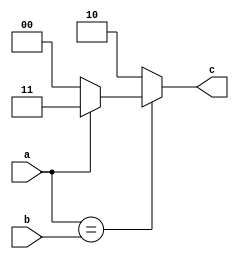
//assign kgp to each c
module kgp(a,b,c);
input a,b;
output [1:0]c;
wire [1:0]k,g,p;
reg [1:0]c;
assign k=2'b00;
assign p=2'b10;
assign g=2'b11;
always@(a or b)
begin
c=(a==b)?(a==1)?g:k:p;
end
endmodule



module padd(a,b,c);
input [63:0] a,b ;
output [129:0] c;
assign c[1:0]=2'b00; 
kgp t0(a[0],b[0],c[3:2]);
kgp t1(a[1],b[1],c[5:4]);
kgp t2(a[2],b[2],c[7:6]);
kgp t3(a[3],b[3],c[9:8]);
kgp t4(a[4],b[4],c[11:10]);
kgp t5(a[5],b[5],c[13:12]);
kgp t6(a[6],b[6],c[15:14]);
kgp t7(a[7],b[7],c[17:16]);
kgp t8(a[8],b[8],c[19:18]);
kgp t9(a[9],b[9],c[21:20]);
kgp t10(a[10],b[10],c[23:22]);
kgp t11(a[11],b[11],c[25:24]);
kgp t12(a[12],b[12],c[27:26]);
kgp t13(a[13],b[13],c[29:28]); 
kgp t14(a[14],b[14],c[31:30]); 
kgp t15(a[15],b[15],c[33:32]); 
kgp t16(a[16],b[16],c[35:34]);
kgp t17(a[17],b[17],c[37:36]);
kgp t18(a[18],b[18],c[39:38]);
kgp t19(a[19],b[19],c[41:40]);
kgp t20(a[20],b[20],c[43:42]);
kgp t21(a[21],b[21],c[45:44]);
kgp t22(a[22],b[22],c[47:46]);
kgp t23(a[23],b[23],c[49:48]);
kgp t24(a[24],b[24],c[51:50]);
kgp t25(a[25],b[25],c[53:52]);
kgp t26(a[26],b[26],c[55:54]);
kgp t27(a[27],b[27],c[57:56]);
kgp t28(a[28],b[28],c[59:58]);
kgp t29(a[29],b[29],c[61:60]); 
kgp t30(a[30],b[30],c[63:62]); 
kgp t31(a[31],b[31],c[65:64]); 
kgp t32(a[32],b[32],c[67:66]);
kgp t33(a[33],b[33],c[69:68]);
kgp t34(a[34],b[34],c[71:70]);
kgp t35(a[35],b[35],c[73:72]);
kgp t36(a[36],b[36],c[75:74]);
kgp t37(a[37],b[37],c[77:76]);
kgp t38(a[38],b[38],c[79:78]);
kgp t39(a[39],b[39],c[81:80]);
kgp t40(a[40],b[40],c[83:82]);
kgp t41(a[41],b[41],c[85:84]);
kgp t42(a[42],b[42],c[87:86]);
kgp t43(a[43],b[43],c[89:88]);
kgp t44(a[44],b[44],c[91:90]);
kgp t45(a[45],b[45],c[93:92]); 
kgp t46(a[46],b[46],c[95:94]); 
kgp t47(a[47],b[47],c[97:96]);
kgp t48(a[48],b[48],c[99:98]);
kgp t49(a[49],b[49],c[101:100]);
kgp t50(a[50],b[50],c[103:102]);
kgp t51(a[51],b[51],c[105:104]);
kgp t52(a[52],b[52],c[107:106]);
kgp t53(a[53],b[53],c[109:108]);
kgp t54(a[54],b[54],c[111:110]);
kgp t55(a[55],b[55],c[113:112]);
kgp t56(a[56],b[56],c[115:114]);
kgp t57(a[57],b[57],c[117:116]);
kgp t58(a[58],b[58],c[119:118]);
kgp t59(a[59],b[59],c[121:120]);
kgp t60(a[60],b[60],c[123:122]);
kgp t61(a[61],b[61],c[125:124]); 
kgp t62(a[62],b[62],c[127:126]); 
kgp t63(a[63],b[63],c[129:128]); 
endmodule 


module padd1(x,y);
input [129:0]x;
output [129:0]y;
reg [129:0]y;
reg [2:0]p;
always@(x)
begin
p=2'b10;
y=x;
y[129:128]=(x[129:128]==p)?x[127:126]:y[129:128];
y[127:126]=(x[127:126]==p)?x[125:124]:y[127:126];
y[125:124]=(x[125:124]==p)?x[123:122]:y[125:124];
y[123:122]=(x[123:122]==p)?x[121:120]:y[123:122];
y[121:120]=(x[121:120]==p)?x[119:118]:y[121:120];
y[119:118]=(x[119:118]==p)?x[117:116]:y[119:118];
y[117:116]=(x[117:116]==p)?x[115:114]:y[117:116];
y[115:114]=(x[115:114]==p)?x[113:112]:y[115:114];
y[113:112]=(x[113:112]==p)?x[111:110]:y[113:112];
y[111:110]=(x[111:110]==p)?x[109:108]:y[111:110];
y[109:108]=(x[109:108]==p)?x[107:106]:y[109:108];
y[107:106]=(x[107:106]==p)?x[105:104]:y[107:106];
y[105:104]=(x[105:104]==p)?x[103:102]:y[105:104];
y[103:102]=(x[103:102]==p)?x[101:100]:y[103:102];
y[101:100]=(x[101:100]==p)?x[99:98]:y[101:100];
y[99:98]=(x[99:98]==p)?x[97:96]:y[99:98];
y[97:96]=(x[97:96]==p)?x[95:94]:y[97:96];
y[95:94]=(x[95:94]==p)?x[93:92]:y[95:94];
y[93:92]=(x[93:92]==p)?x[91:90]:y[93:92];
y[91:90]=(x[91:90]==p)?x[89:88]:y[91:90];
y[89:88]=(x[89:88]==p)?x[87:86]:y[89:88];
y[87:86]=(x[87:86]==p)?x[85:84]:y[87:86];
y[85:84]=(x[85:84]==p)?x[83:82]:y[85:84];
y[83:82]=(x[83:82]==p)?x[81:80]:y[83:82];
y[81:80]=(x[81:80]==p)?x[79:78]:y[81:80];
y[79:78]=(x[79:78]==p)?x[77:76]:y[79:78];
y[77:76]=(x[77:76]==p)?x[75:74]:y[77:76];
y[75:74]=(x[75:74]==p)?x[73:72]:y[75:74];
y[73:72]=(x[73:72]==p)?x[71:70]:y[73:72];
y[71:70]=(x[71:70]==p)?x[69:68]:y[71:70];
y[69:68]=(x[69:68]==p)?x[67:66]:y[69:68];
y[67:66]=(x[67:66]==p)?x[65:64]:y[67:66];
y[65:64]=(x[65:64]==p)?x[63:62]:y[65:64];
y[63:22]=(x[63:62]==p)?x[61:60]:y[63:22];
y[61:60]=(x[61:60]==p)?x[59:58]:y[61:60];
y[59:58]=(x[59:58]==p)?x[57:56]:y[59:58];
y[57:56]=(x[57:56]==p)?x[55:54]:y[57:56];
y[55:54]=(x[55:54]==p)?x[53:52]:y[55:54];
y[53:52]=(x[53:52]==p)?x[51:50]:y[53:52];
y[51:50]=(x[51:50]==p)?x[49:48]:y[51:50];
y[49:48]=(x[49:48]==p)?x[47:46]:y[49:48];
y[47:46]=(x[47:46]==p)?x[45:44]:y[47:46];
y[45:44]=(x[45:44]==p)?x[43:42]:y[45:44];
y[43:42]=(x[43:42]==p)?x[41:40]:y[43:42];
y[41:40]=(x[41:40]==p)?x[39:38]:y[41:40];
y[39:38]=(x[39:38]==p)?x[37:36]:y[39:38];
y[37:36]=(x[37:36]==p)?x[35:34]:y[37:36];
y[35:34]=(x[35:34]==p)?x[33:32]:y[35:34];
y[33:32]=(x[33:32]==p)?x[31:30]:y[33:32];
y[31:30]=(x[31:30]==p)?x[29:28]:y[31:30];
y[29:28]=(x[29:28]==p)?x[27:26]:y[29:28];
y[27:26]=(x[27:26]==p)?x[25:24]:y[27:26];
y[25:24]=(x[25:24]==p)?x[23:22]:y[25:24];
y[23:22]=(x[23:22]==p)?x[21:20]:y[23:22];
y[21:20]=(x[21:20]==p)?x[19:18]:y[21:20];
y[19:18]=(x[19:18]==p)?x[17:16]:y[19:18];
y[17:16]=(x[17:16]==p)?x[15:14]:y[17:16];
y[15:14]=(x[15:14]==p)?x[13:12]:y[15:14];
y[13:12]=(x[13:12]==p)?x[11:10]:y[13:12];
y[11:10]=(x[11:10]==p)?x[9:8]:y[11:10];
y[9:8]=(x[9:8]==p)?x[7:6]:y[9:8];
y[7:6]=(x[7:6]==p)?x[5:4]:y[7:6];
y[5:4]=(x[5:4]==p)?x[3:2]:y[5:4];
y[3:2]=(x[3:2]==p)?x[1:0]:y[3:2];
end
endmodule

module padd2(x,y);
input [129:0]x;
output [129:0]y;
reg [129:0]y;
reg [2:0]p;
always@(x)
begin
p=2'b10;
y=x;
y[129:128]=(x[129:128]==p)?x[125:124]:y[129:128];
y[127:126]=(x[127:126]==p)?x[123:122]:y[127:126];
y[125:124]=(x[125:124]==p)?x[121:120]:y[125:124];
y[123:122]=(x[123:122]==p)?x[119:118]:y[123:122];
y[121:120]=(x[121:120]==p)?x[117:116]:y[121:120];
y[119:118]=(x[119:118]==p)?x[115:114]:y[119:118];
y[117:116]=(x[117:116]==p)?x[113:112]:y[117:116];
y[115:114]=(x[115:114]==p)?x[111:110]:y[115:114];
y[113:112]=(x[113:112]==p)?x[109:108]:y[113:112];
y[111:110]=(x[111:110]==p)?x[107:106]:y[111:110];
y[109:108]=(x[109:108]==p)?x[105:104]:y[109:108];
y[107:106]=(x[107:106]==p)?x[103:102]:y[107:106];
y[105:104]=(x[105:104]==p)?x[101:100]:y[105:104];
y[103:102]=(x[103:102]==p)?x[99:98]:y[103:102];
y[101:100]=(x[101:100]==p)?x[97:96]:y[101:100];
y[99:98]=(x[99:98]==p)?x[95:94]:y[99:98];
y[97:96]=(x[97:96]==p)?x[93:92]:y[97:97];
y[95:94]=(x[95:94]==p)?x[91:90]:y[95:94];
y[93:92]=(x[93:92]==p)?x[89:88]:y[93:92];
y[91:90]=(x[91:90]==p)?x[87:86]:y[91:90];
y[89:88]=(x[89:88]==p)?x[85:84]:y[89:88];
y[87:86]=(x[87:86]==p)?x[83:82]:y[87:86];
y[85:84]=(x[85:84]==p)?x[81:80]:y[85:84];
y[83:82]=(x[83:82]==p)?x[79:78]:y[83:82];
y[81:80]=(x[81:80]==p)?x[77:76]:y[81:80];
y[79:78]=(x[79:78]==p)?x[75:74]:y[79:78];
y[77:76]=(x[77:76]==p)?x[73:72]:y[77:76];
y[75:74]=(x[75:74]==p)?x[71:70]:y[75:74];
y[73:72]=(x[73:72]==p)?x[69:68]:y[73:72];
y[71:70]=(x[71:70]==p)?x[67:66]:y[71:70];
y[69:68]=(x[69:68]==p)?x[65:64]:y[69:68];
y[67:66]=(x[67:66]==p)?x[63:62]:y[67:66];
y[65:64]=(x[65:64]==p)?x[61:60]:y[65:64];
y[63:62]=(x[63:62]==p)?x[59:58]:y[63:62];
y[61:60]=(x[61:60]==p)?x[57:56]:y[61:60];
y[59:58]=(x[59:58]==p)?x[55:54]:y[59:58];
y[57:56]=(x[57:56]==p)?x[53:52]:y[57:56];
y[55:54]=(x[55:54]==p)?x[51:50]:y[55:54];
y[53:52]=(x[53:52]==p)?x[49:48]:y[53:52];
y[51:50]=(x[51:50]==p)?x[47:46]:y[51:50];
y[49:48]=(x[49:48]==p)?x[45:44]:y[49:48];
y[47:46]=(x[47:46]==p)?x[43:42]:y[47:46];
y[45:44]=(x[45:44]==p)?x[41:40]:y[45:44];
y[43:42]=(x[43:42]==p)?x[39:38]:y[43:42];
y[41:40]=(x[41:40]==p)?x[37:36]:y[41:40];
y[39:38]=(x[39:38]==p)?x[35:34]:y[39:38];
y[37:36]=(x[37:36]==p)?x[33:32]:y[37:36];
y[35:34]=(x[35:34]==p)?x[31:30]:y[35:34];
y[33:32]=(x[33:32]==p)?x[29:28]:y[33:32];
y[31:30]=(x[31:30]==p)?x[27:26]:y[31:30];
y[29:28]=(x[29:28]==p)?x[25:24]:y[29:28];
y[27:26]=(x[27:26]==p)?x[23:22]:y[27:26];
y[25:24]=(x[25:24]==p)?x[21:20]:y[25:24];
y[23:22]=(x[23:22]==p)?x[19:18]:y[23:22];
y[21:20]=(x[21:20]==p)?x[17:16]:y[21:20];
y[19:18]=(x[19:18]==p)?x[15:14]:y[19:18];
y[17:16]=(x[17:16]==p)?x[13:12]:y[17:16];
y[15:14]=(x[15:14]==p)?x[11:10]:y[15:14];
y[13:12]=(x[13:12]==p)?x[9:8]:y[13:12];
y[11:10]=(x[11:10]==p)?x[7:6]:y[11:10];
y[9:8]=(x[9:8]==p)?x[5:4]:y[9:8];
y[7:6]=(x[7:6]==p)?x[3:2]:y[7:6];
y[5:4]=(x[5:4]==p)?x[1:0]:y[5:4];
end
endmodule


module padd3(x,y);
input [129:0]x;
output [129:0]y;
reg [129:0]y;
reg [2:0]p;
always@(x)
begin
p=2'b10;
y=x;
y[129:128]=(x[129:128]==p)?x[121:120]:y[129:128];
y[127:126]=(x[127:126]==p)?x[119:118]:y[127:126];
y[125:124]=(x[125:124]==p)?x[117:116]:y[125:124];
y[123:122]=(x[123:122]==p)?x[115:114]:y[123:122];
y[121:120]=(x[121:120]==p)?x[113:112]:y[121:120];
y[119:118]=(x[119:118]==p)?x[111:110]:y[119:118];
y[117:116]=(x[117:116]==p)?x[109:108]:y[117:116];
y[115:114]=(x[115:114]==p)?x[107:106]:y[115:114];
y[113:112]=(x[113:112]==p)?x[105:104]:y[113:112];
y[111:110]=(x[111:110]==p)?x[103:102]:y[111:110];
y[109:108]=(x[109:108]==p)?x[101:100]:y[109:108];
y[107:106]=(x[107:106]==p)?x[99:98]:y[107:106];
y[105:104]=(x[105:104]==p)?x[97:96]:y[105:104];
y[103:102]=(x[103:102]==p)?x[95:94]:y[103:102];
y[101:100]=(x[101:100]==p)?x[93:92]:y[101:100];
y[99:98]=(x[99:98]==p)?x[91:90]:y[99:98];
y[97:97]=(x[97:96]==p)?x[89:88]:y[97:97];
y[95:94]=(x[95:94]==p)?x[87:86]:y[95:94];
y[93:92]=(x[93:92]==p)?x[85:84]:y[93:92];
y[91:90]=(x[91:90]==p)?x[83:82]:y[91:90];
y[89:88]=(x[89:88]==p)?x[81:80]:y[89:88];
y[87:86]=(x[87:86]==p)?x[79:78]:y[87:86];
y[85:84]=(x[85:84]==p)?x[77:76]:y[85:84];
y[83:82]=(x[83:82]==p)?x[75:74]:y[83:82];
y[81:80]=(x[81:80]==p)?x[73:72]:y[81:80];
y[79:78]=(x[79:78]==p)?x[71:70]:y[79:78];
y[77:76]=(x[77:76]==p)?x[69:68]:y[77:76];
y[75:74]=(x[75:74]==p)?x[67:66]:y[75:74];
y[73:72]=(x[73:72]==p)?x[65:64]:y[73:72];
y[71:70]=(x[71:70]==p)?x[63:62]:y[71:70];
y[69:68]=(x[69:68]==p)?x[61:60]:y[69:68];
y[67:66]=(x[67:66]==p)?x[59:58]:y[67:66];
y[65:64]=(x[65:64]==p)?x[57:56]:y[65:64];
y[63:62]=(x[63:62]==p)?x[55:54]:y[63:62];
y[61:60]=(x[61:60]==p)?x[53:52]:y[61:60];
y[59:58]=(x[59:58]==p)?x[51:50]:y[59:58];
y[57:56]=(x[57:56]==p)?x[49:48]:y[57:56];
y[55:54]=(x[55:54]==p)?x[47:46]:y[55:54];
y[53:52]=(x[53:52]==p)?x[45:44]:y[53:52];
y[51:50]=(x[51:50]==p)?x[43:42]:y[51:50];
y[49:48]=(x[49:48]==p)?x[41:40]:y[49:48];
y[47:46]=(x[47:46]==p)?x[39:38]:y[47:46];
y[45:44]=(x[45:44]==p)?x[37:36]:y[45:44];
y[43:42]=(x[43:42]==p)?x[35:34]:y[43:42];
y[41:40]=(x[41:40]==p)?x[33:32]:y[41:40];
y[39:38]=(x[39:38]==p)?x[31:30]:y[39:38];
y[37:36]=(x[37:36]==p)?x[29:28]:y[37:36];
y[35:34]=(x[35:34]==p)?x[27:26]:y[35:34];
y[33:32]=(x[33:32]==p)?x[25:24]:y[33:32];
y[31:30]=(x[31:30]==p)?x[23:22]:y[31:30];
y[29:28]=(x[29:28]==p)?x[21:20]:y[29:28];
y[27:26]=(x[27:26]==p)?x[19:18]:y[27:26];
y[25:24]=(x[25:24]==p)?x[17:16]:y[25:24];
y[23:22]=(x[23:22]==p)?x[15:14]:y[23:22];
y[21:20]=(x[21:20]==p)?x[13:12]:y[21:20];
y[19:18]=(x[19:18]==p)?x[11:10]:y[19:18];
y[17:16]=(x[17:16]==p)?x[9:8]:y[17:16];
y[15:14]=(x[15:14]==p)?x[7:6]:y[15:14];
y[13:12]=(x[13:12]==p)?x[5:4]:y[13:12];
y[11:10]=(x[11:10]==p)?x[3:2]:y[11:10];
y[9:8]=(x[9:8]==p)?x[1:0]:y[9:8];
end
endmodule

module padd4(x,y);
input [129:0]x;
output [129:0]y;
reg [129:0]y;
reg [2:0]p;
always@(x)
begin
p=2'b10;
y=x;
y[129:128]=(x[129:128]==p)?x[113:112]:y[129:128];
y[127:126]=(x[127:126]==p)?x[111:110]:y[127:126];
y[125:124]=(x[125:124]==p)?x[109:108]:y[125:124];
y[123:122]=(x[123:122]==p)?x[107:106]:y[123:122];
y[121:120]=(x[121:120]==p)?x[105:104]:y[121:120];
y[119:118]=(x[119:118]==p)?x[103:102]:y[119:118];
y[117:116]=(x[117:116]==p)?x[101:100]:y[117:116];
y[115:114]=(x[115:114]==p)?x[99:98]:y[115:114];
y[113:112]=(x[113:112]==p)?x[97:96]:y[113:112];
y[111:110]=(x[111:110]==p)?x[95:94]:y[111:110];
y[109:108]=(x[109:108]==p)?x[93:92]:y[109:108];
y[107:106]=(x[107:106]==p)?x[91:90]:y[107:106];
y[105:104]=(x[105:104]==p)?x[89:88]:y[105:104];
y[103:102]=(x[103:102]==p)?x[87:86]:y[103:102];
y[101:100]=(x[101:100]==p)?x[85:84]:y[101:100];
y[99:98]=(x[99:98]==p)?x[83:82]:y[99:98];
y[97:97]=(x[97:96]==p)?x[81:80]:y[97:97];
y[95:94]=(x[95:94]==p)?x[79:78]:y[95:94];
y[93:92]=(x[93:92]==p)?x[77:76]:y[93:92];
y[91:90]=(x[91:90]==p)?x[75:74]:y[91:90];
y[89:88]=(x[89:88]==p)?x[73:72]:y[89:88];
y[87:86]=(x[87:86]==p)?x[71:70]:y[87:86];
y[85:84]=(x[85:84]==p)?x[69:68]:y[85:84];
y[83:82]=(x[83:82]==p)?x[67:66]:y[83:82];
y[81:80]=(x[81:80]==p)?x[65:64]:y[81:80];
y[79:78]=(x[79:78]==p)?x[63:62]:y[79:78];
y[77:76]=(x[77:76]==p)?x[61:60]:y[77:76];
y[75:74]=(x[75:74]==p)?x[59:58]:y[75:74];
y[73:72]=(x[73:72]==p)?x[57:56]:y[73:72];
y[71:70]=(x[71:70]==p)?x[55:54]:y[71:70];
y[69:68]=(x[69:68]==p)?x[53:52]:y[69:68];
y[67:66]=(x[67:66]==p)?x[51:50]:y[67:66];
y[65:64]=(x[65:64]==p)?x[49:48]:y[65:64];
y[63:62]=(x[63:62]==p)?x[47:46]:y[63:62];
y[61:60]=(x[61:60]==p)?x[45:44]:y[61:60];
y[59:58]=(x[59:58]==p)?x[43:42]:y[59:58];
y[57:56]=(x[57:56]==p)?x[41:40]:y[57:56];
y[55:54]=(x[55:54]==p)?x[39:38]:y[55:54];
y[53:52]=(x[53:52]==p)?x[37:36]:y[53:52];
y[51:50]=(x[51:50]==p)?x[35:34]:y[51:50];
y[49:48]=(x[49:48]==p)?x[33:32]:y[49:48];
y[47:46]=(x[47:46]==p)?x[31:30]:y[47:46];
y[45:44]=(x[45:44]==p)?x[29:28]:y[45:44];
y[43:42]=(x[43:42]==p)?x[27:26]:y[43:42];
y[41:40]=(x[41:40]==p)?x[25:24]:y[41:40];
y[39:38]=(x[39:38]==p)?x[23:22]:y[39:38];
y[37:36]=(x[37:36]==p)?x[21:20]:y[37:36];
y[35:34]=(x[35:34]==p)?x[19:18]:y[35:34];
y[33:32]=(x[33:32]==p)?x[17:16]:y[33:32];
y[31:30]=(x[31:30]==p)?x[15:14]:y[31:30];
y[29:28]=(x[29:28]==p)?x[13:12]:y[29:28];
y[27:26]=(x[27:26]==p)?x[11:10]:y[27:26];
y[25:24]=(x[25:24]==p)?x[9:8]:y[25:24];
y[23:22]=(x[23:22]==p)?x[7:6]:y[23:22];
y[21:20]=(x[21:20]==p)?x[5:4]:y[21:20];
y[19:18]=(x[19:18]==p)?x[3:2]:y[19:18];
y[17:16]=(x[17:16]==p)?x[1:0]:y[17:16];
end
endmodule


module padd5(x,y);
input [129:0]x;
output [129:0]y;
reg [129:0]y;
reg [2:0]p;
always@(x)
begin
p=2'b10;
y=x;
y[129:128]=(x[129:128]==p)?x[97:96]:y[129:128];
y[127:126]=(x[127:126]==p)?x[95:94]:y[127:126];
y[125:124]=(x[125:124]==p)?x[93:92]:y[125:124];
y[123:122]=(x[123:122]==p)?x[91:90]:y[123:122];
y[121:120]=(x[121:120]==p)?x[89:88]:y[121:120];
y[119:118]=(x[119:118]==p)?x[87:86]:y[119:118];
y[117:116]=(x[117:116]==p)?x[85:84]:y[117:116];
y[115:114]=(x[115:114]==p)?x[83:82]:y[115:114];
y[113:112]=(x[113:112]==p)?x[81:80]:y[113:112];
y[111:110]=(x[111:110]==p)?x[79:78]:y[111:110];
y[109:108]=(x[109:108]==p)?x[77:76]:y[109:108];
y[107:106]=(x[107:106]==p)?x[75:74]:y[107:106];
y[105:104]=(x[105:104]==p)?x[73:72]:y[105:104];
y[103:102]=(x[103:102]==p)?x[71:70]:y[103:102];
y[101:100]=(x[101:100]==p)?x[69:68]:y[101:100];
y[99:98]=(x[99:98]==p)?x[67:66]:y[99:98];
y[97:97]=(x[97:96]==p)?x[65:64]:y[97:97];
y[95:94]=(x[95:94]==p)?x[63:62]:y[95:94];
y[93:92]=(x[93:92]==p)?x[61:60]:y[93:92];
y[91:90]=(x[91:90]==p)?x[59:58]:y[91:90];
y[89:88]=(x[89:88]==p)?x[57:56]:y[89:88];
y[87:86]=(x[87:86]==p)?x[55:54]:y[87:86];
y[85:84]=(x[85:84]==p)?x[53:52]:y[85:84];
y[83:82]=(x[83:82]==p)?x[51:50]:y[83:82];
y[81:80]=(x[81:80]==p)?x[49:48]:y[81:80];
y[79:78]=(x[79:78]==p)?x[47:46]:y[79:78];
y[77:76]=(x[77:76]==p)?x[45:44]:y[77:76];
y[75:74]=(x[75:74]==p)?x[43:42]:y[75:74];
y[73:72]=(x[73:72]==p)?x[41:40]:y[73:72];
y[71:70]=(x[71:70]==p)?x[39:38]:y[71:70];
y[69:68]=(x[69:68]==p)?x[37:36]:y[69:68];
y[67:66]=(x[67:66]==p)?x[35:34]:y[67:66];
y[65:64]=(x[65:64]==p)?x[33:32]:y[65:64];
y[63:22]=(x[63:62]==p)?x[31:30]:y[63:22];
y[61:60]=(x[61:60]==p)?x[29:28]:y[61:60];
y[59:58]=(x[59:58]==p)?x[27:26]:y[59:58];
y[57:56]=(x[57:56]==p)?x[25:24]:y[57:56];
y[55:54]=(x[55:54]==p)?x[23:22]:y[55:54];
y[53:52]=(x[53:52]==p)?x[21:20]:y[53:52];
y[51:50]=(x[51:50]==p)?x[19:18]:y[51:50];
y[49:48]=(x[49:48]==p)?x[17:16]:y[49:48];
y[47:46]=(x[47:46]==p)?x[15:14]:y[47:46];
y[45:44]=(x[45:44]==p)?x[13:12]:y[45:44];
y[43:42]=(x[43:42]==p)?x[11:10]:y[43:42];
y[41:40]=(x[41:40]==p)?x[9:8]:y[41:40];
y[39:38]=(x[39:38]==p)?x[7:6]:y[39:38];
y[37:36]=(x[37:36]==p)?x[5:4]:y[37:36];
y[35:34]=(x[35:34]==p)?x[3:2]:y[35:34];
y[33:32]=(x[33:32]==p)?x[1:0]:y[33:32];
end
endmodule



module padd6(x,y);
input [129:0]x;
output [129:0]y;
reg [129:0]y;
reg [2:0]p;
always@(x)
begin
p=2'b10;
y=x;
y[129:128]=(x[129:128]==p)?x[65:64]:y[129:128];
y[127:126]=(x[127:126]==p)?x[63:62]:y[127:126];
y[125:124]=(x[125:124]==p)?x[61:60]:y[125:124];
y[123:122]=(x[123:122]==p)?x[59:58]:y[123:122];
y[121:120]=(x[121:120]==p)?x[57:56]:y[121:120];
y[119:118]=(x[119:118]==p)?x[55:54]:y[119:118];
y[117:116]=(x[117:116]==p)?x[53:52]:y[117:116];
y[115:114]=(x[115:114]==p)?x[51:50]:y[115:114];
y[113:112]=(x[113:112]==p)?x[49:48]:y[113:112];
y[111:110]=(x[111:110]==p)?x[47:46]:y[111:110];
y[109:108]=(x[109:108]==p)?x[45:44]:y[109:108];
y[107:106]=(x[107:106]==p)?x[43:42]:y[107:106];
y[105:104]=(x[105:104]==p)?x[41:40]:y[105:104];
y[103:102]=(x[103:102]==p)?x[39:38]:y[103:102];
y[101:100]=(x[101:100]==p)?x[37:36]:y[101:100];
y[99:98]=(x[99:98]==p)?x[35:34]:y[99:98];
y[97:97]=(x[97:96]==p)?x[33:32]:y[97:97];
y[95:94]=(x[95:94]==p)?x[31:30]:y[95:94];
y[93:92]=(x[93:92]==p)?x[29:28]:y[93:92];
y[91:90]=(x[91:90]==p)?x[27:26]:y[91:90];
y[89:88]=(x[89:88]==p)?x[25:24]:y[89:88];
y[87:86]=(x[87:86]==p)?x[23:22]:y[87:86];
y[85:84]=(x[85:84]==p)?x[21:20]:y[85:84];
y[83:82]=(x[83:82]==p)?x[19:18]:y[83:82];
y[81:80]=(x[81:80]==p)?x[17:16]:y[81:80];
y[79:78]=(x[79:78]==p)?x[15:14]:y[79:78];
y[77:76]=(x[77:76]==p)?x[13:12]:y[77:76];
y[75:74]=(x[75:74]==p)?x[11:10]:y[75:74];
y[73:72]=(x[73:72]==p)?x[9:8]:y[73:72];
y[71:70]=(x[71:70]==p)?x[7:6]:y[71:70];
y[69:68]=(x[69:68]==p)?x[5:4]:y[69:68];
y[67:66]=(x[67:66]==p)?x[3:2]:y[67:66];
y[65:64]=(x[65:64]==p)?x[1:0]:y[65:64];
end
endmodule



module findxor(a,b,cin,sum,cout);
input [63:0]a,b;
input [129:0]cin;
output [63:0]sum;
output cout;
wire [129:0]c;
assign c[0]=(cin[1:0]==2'b00)?1'b0:1'b1;
assign c[1]=(cin[3:2]==2'b00)?1'b0:1'b1;
assign c[2]=(cin[5:4]==2'b00)?1'b0:1'b1;
assign c[3]=(cin[7:6]==2'b00)?1'b0:1'b1;
assign c[4]=(cin[9:8]==2'b00)?1'b0:1'b1;
assign c[5]=(cin[11:10]==2'b00)?1'b0:1'b1;
assign c[6]=(cin[13:12]==2'b00)?1'b0:1'b1;
assign c[7]=(cin[15:14]==2'b00)?1'b0:1'b1;
assign c[8]=(cin[17:16]==2'b00)?1'b0:1'b1;
assign c[9]=(cin[19:18]==2'b00)?1'b0:1'b1;
assign c[10]=(cin[21:20]==2'b00)?1'b0:1'b1;
assign c[11]=(cin[23:22]==2'b00)?1'b0:1'b1;
assign c[12]=(cin[25:24]==2'b00)?1'b0:1'b1;
assign c[13]=(cin[27:26]==2'b00)?1'b0:1'b1;
assign c[14]=(cin[29:28]==2'b00)?1'b0:1'b1;
assign c[15]=(cin[31:30]==2'b00)?1'b0:1'b1;
assign c[16]=(cin[33:32]==2'b00)?1'b0:1'b1;
assign c[17]=(cin[35:34]==2'b00)?1'b0:1'b1;
assign c[18]=(cin[37:36]==2'b00)?1'b0:1'b1;
assign c[19]=(cin[39:38]==2'b00)?1'b0:1'b1;
assign c[20]=(cin[41:40]==2'b00)?1'b0:1'b1;
assign c[21]=(cin[43:42]==2'b00)?1'b0:1'b1;
assign c[22]=(cin[45:44]==2'b00)?1'b0:1'b1;
assign c[23]=(cin[47:46]==2'b00)?1'b0:1'b1;
assign c[24]=(cin[49:48]==2'b00)?1'b0:1'b1;
assign c[25]=(cin[51:50]==2'b00)?1'b0:1'b1;
assign c[26]=(cin[53:52]==2'b00)?1'b0:1'b1;
assign c[27]=(cin[55:54]==2'b00)?1'b0:1'b1;
assign c[28]=(cin[57:56]==2'b00)?1'b0:1'b1;
assign c[29]=(cin[59:58]==2'b00)?1'b0:1'b1;
assign c[30]=(cin[61:60]==2'b00)?1'b0:1'b1;
assign c[31]=(cin[63:62]==2'b00)?1'b0:1'b1;
assign c[32]=(cin[65:64]==2'b00)?1'b0:1'b1;
assign c[33]=(cin[67:66]==2'b00)?1'b0:1'b1;
assign c[34]=(cin[69:68]==2'b00)?1'b0:1'b1;
assign c[35]=(cin[71:70]==2'b00)?1'b0:1'b1;
assign c[36]=(cin[73:72]==2'b00)?1'b0:1'b1;
assign c[37]=(cin[75:74]==2'b00)?1'b0:1'b1;
assign c[38]=(cin[77:76]==2'b00)?1'b0:1'b1;
assign c[39]=(cin[79:78]==2'b00)?1'b0:1'b1;
assign c[40]=(cin[81:80]==2'b00)?1'b0:1'b1;
assign c[41]=(cin[83:82]==2'b00)?1'b0:1'b1;
assign c[42]=(cin[85:84]==2'b00)?1'b0:1'b1;
assign c[43]=(cin[87:86]==2'b00)?1'b0:1'b1;
assign c[44]=(cin[89:88]==2'b00)?1'b0:1'b1;
assign c[45]=(cin[91:90]==2'b00)?1'b0:1'b1;
assign c[46]=(cin[93:92]==2'b00)?1'b0:1'b1;
assign c[47]=(cin[95:94]==2'b00)?1'b0:1'b1;
assign c[48]=(cin[97:96]==2'b00)?1'b0:1'b1;
assign c[49]=(cin[99:98]==2'b00)?1'b0:1'b1;
assign c[50]=(cin[101:100]==2'b00)?1'b0:1'b1;
assign c[51]=(cin[103:102]==2'b00)?1'b0:1'b1;
assign c[52]=(cin[105:104]==2'b00)?1'b0:1'b1;
assign c[53]=(cin[107:106]==2'b00)?1'b0:1'b1;
assign c[54]=(cin[109:108]==2'b00)?1'b0:1'b1;
assign c[55]=(cin[111:110]==2'b00)?1'b0:1'b1;
assign c[56]=(cin[113:112]==2'b00)?1'b0:1'b1;
assign c[57]=(cin[115:114]==2'b00)?1'b0:1'b1;
assign c[58]=(cin[117:116]==2'b00)?1'b0:1'b1;
assign c[59]=(cin[119:118]==2'b00)?1'b0:1'b1;
assign c[60]=(cin[121:120]==2'b00)?1'b0:1'b1;
assign c[61]=(cin[123:122]==2'b00)?1'b0:1'b1;
assign c[62]=(cin[125:124]==2'b00)?1'b0:1'b1;
assign c[63]=(cin[127:126]==2'b00)?1'b0:1'b1;

xor xor0(sum[0],a[0],b[0],c[0]);
xor xor1(sum[1],a[1],b[1],c[1]);
xor xor2(sum[2],a[2],b[2],c[2]);
xor xor3(sum[3],a[3],b[3],c[3]);
xor xor4(sum[4],a[4],b[4],c[4]);
xor xor5(sum[5],a[5],b[5],c[5]);
xor xor6(sum[6],a[6],b[6],c[6]);
xor xor7(sum[7],a[7],b[7],c[7]);
xor xor8(sum[8],a[8],b[8],c[8]);
xor xor9(sum[9],a[9],b[9],c[9]);
xor xor10(sum[10],a[10],b[10],c[10]);
xor xor11(sum[11],a[11],b[11],c[11]);
xor xor12(sum[12],a[12],b[12],c[12]);
xor xor13(sum[13],a[13],b[13],c[13]);
xor xor14(sum[14],a[14],b[14],c[14]);
xor xor15(sum[15],a[15],b[15],c[15]);
xor xor16(sum[16],a[16],b[16],c[16]);
xor xor17(sum[17],a[17],b[17],c[17]);
xor xor18(sum[18],a[18],b[18],c[18]);
xor xor19(sum[19],a[19],b[19],c[19]);
xor xor20(sum[20],a[20],b[20],c[20]);
xor xor21(sum[21],a[21],b[21],c[21]);
xor xor22(sum[22],a[22],b[22],c[22]);
xor xor23(sum[23],a[23],b[23],c[23]);
xor xor24(sum[24],a[24],b[24],c[24]);
xor xor25(sum[25],a[25],b[25],c[25]);
xor xor26(sum[26],a[26],b[26],c[26]);
xor xor27(sum[27],a[27],b[27],c[27]);
xor xor28(sum[28],a[28],b[28],c[28]);
xor xor29(sum[29],a[29],b[29],c[29]);
xor xor30(sum[30],a[30],b[30],c[30]);
xor xor31(sum[31],a[31],b[31],c[31]);
xor xor32(sum[32],a[32],b[32],c[32]);
xor xor33(sum[33],a[33],b[33],c[33]);
xor xor34(sum[34],a[34],b[34],c[34]);
xor xor35(sum[35],a[35],b[35],c[35]);
xor xor36(sum[36],a[36],b[36],c[36]);
xor xor37(sum[37],a[37],b[37],c[37]);
xor xor38(sum[38],a[38],b[38],c[38]);
xor xor39(sum[39],a[39],b[39],c[39]);
xor xor40(sum[40],a[40],b[40],c[40]);
xor xor41(sum[41],a[41],b[41],c[41]);
xor xor42(sum[42],a[42],b[42],c[42]);
xor xor43(sum[43],a[43],b[43],c[43]);
xor xor44(sum[44],a[44],b[44],c[44]);
xor xor45(sum[45],a[45],b[45],c[45]);
xor xor46(sum[46],a[46],b[46],c[46]);
xor xor47(sum[47],a[47],b[47],c[47]);
xor xor48(sum[48],a[48],b[48],c[48]);
xor xor49(sum[49],a[49],b[49],c[49]);
xor xor50(sum[50],a[50],b[50],c[50]);
xor xor51(sum[51],a[51],b[51],c[51]);
xor xor52(sum[52],a[52],b[52],c[52]);
xor xor53(sum[53],a[53],b[53],c[53]);
xor xor54(sum[54],a[54],b[54],c[54]);
xor xor55(sum[55],a[55],b[55],c[55]);
xor xor56(sum[56],a[56],b[56],c[56]);
xor xor57(sum[57],a[57],b[57],c[57]);
xor xor58(sum[58],a[58],b[58],c[58]);
xor xor59(sum[59],a[59],b[59],c[59]);
xor xor60(sum[60],a[60],b[60],c[60]);
xor xor61(sum[61],a[61],b[61],c[61]);
xor xor62(sum[62],a[62],b[62],c[62]);
xor xor63(sum[63],a[63],b[63],c[63]);
assign cout=c[64];
endmodule